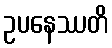
ဥပနေဿတိ